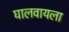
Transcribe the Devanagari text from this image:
घालवायला